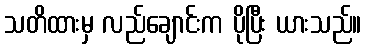
သတိထားမှ လည်ချောင်းက ပိုပြီး ယားသည်။